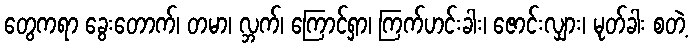
တွေကရာ ခွေးတောက်၊ တမာ၊ လ္ဘက်၊ ကြောင်ရှာ၊ ကြက်ဟင်းခါး၊ ဇောင်းလျှား၊ မုတ်ခါး စတဲ့